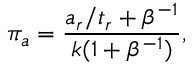
\pi _ { a } = \frac { a _ { r } / t _ { r } + \beta ^ { - 1 } } { k ( 1 + \beta ^ { - 1 } ) } ,